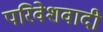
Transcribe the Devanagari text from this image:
परिवेशवादी